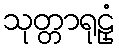
သုတ္တာရုဠှံ